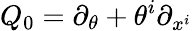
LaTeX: Q_{0}=\partial_{\theta}+\theta^{i}\partial_{x^{i}}